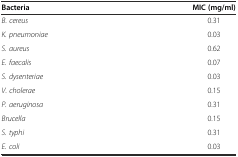
<table><thead><tr><td><b>Bacteria</b></td><td><b>MIC (mg/ml)</b></td></tr></thead><tbody><tr><td><i>B. cereus</i></td><td>0.31</td></tr><tr><td><i>K. pneumoniae</i></td><td>0.03</td></tr><tr><td><i>S. aureus</i></td><td>0.62</td></tr><tr><td><i>E. faecalis</i></td><td>0.07</td></tr><tr><td><i>S. dysenteriae</i></td><td>0.03</td></tr><tr><td><i>V. cholerae</i></td><td>0.15</td></tr><tr><td><i>P. aeruginosa</i></td><td>0.31</td></tr><tr><td><i>Brucella</i></td><td>0.15</td></tr><tr><td><i>S. typhi</i></td><td>0.31</td></tr><tr><td><i>E. coli</i></td><td>0.03</td></tr></tbody></table>